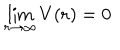
\lim _ { r \rightarrow \infty } V ( { \bf r } ) = 0 \;